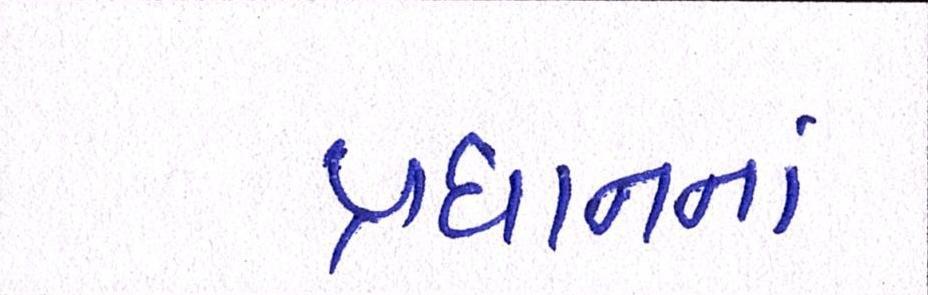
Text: પ્રધાનનાં